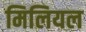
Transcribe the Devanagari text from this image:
मिलियल